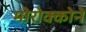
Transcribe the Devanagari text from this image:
मोरोक्कोने